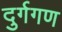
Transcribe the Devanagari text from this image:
दुर्गगण